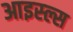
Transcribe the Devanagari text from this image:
आइस्ल्स